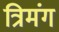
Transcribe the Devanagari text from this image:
त्रिमंग